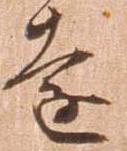
遠